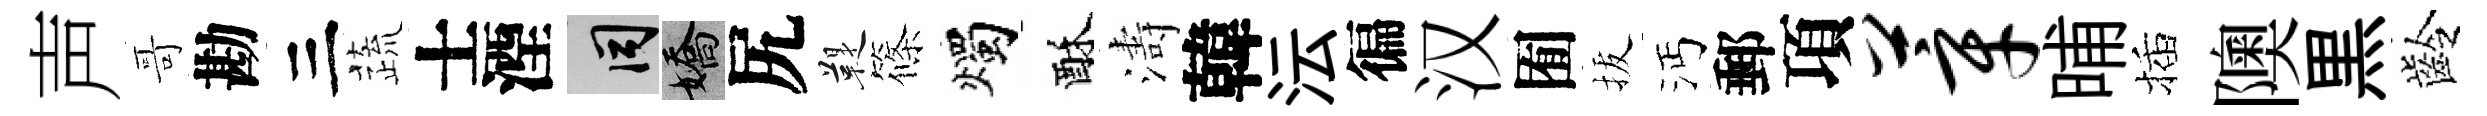
声哥勘三蔬士湮间嬌尻鞮篠燭酥濤韓沄徧汉囿拔沔郵項莘晡插隩黒齡